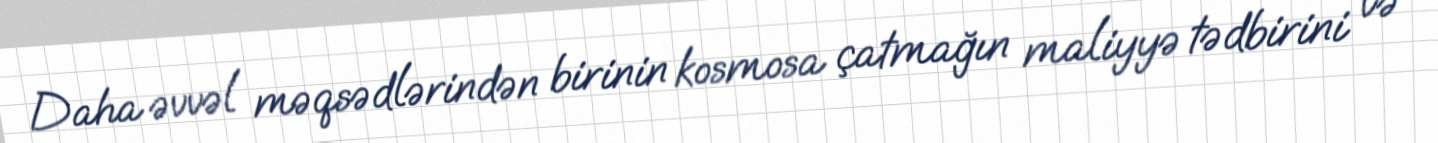
Daha əvvəl məqsədlərindən birinin kosmosa çatmağın maliyyə tədbirini və